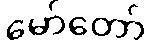
မော်တော်